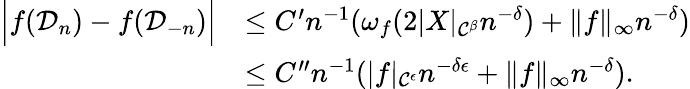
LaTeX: \begin{array}{rl}{\Big|f(\mathcal{D}_{n})-f(\mathcal{D}_{-n})\Big|}&{\leq C^{\prime}n^{-1}(\omega_{f}(2|X|_{\mathcal{C}^{\beta}}n^{-\delta})+\| f\| _{\infty}n^{-\delta})}\\ &{\leq C^{\prime\prime}n^{-1}(|f|_{\mathcal{C}^{\epsilon}}n^{-\delta\epsilon}+\| f\| _{\infty}n^{-\delta}).}\end{array}